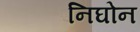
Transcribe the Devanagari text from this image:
निघोन